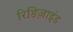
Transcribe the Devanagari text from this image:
रिडिज़ाइंड